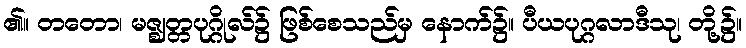
၏။ တတော၊ မဇ္ဈတ္တပုဂ္ဂိုလ်၌ ဖြစ်စေသည်မှ နောက်၌။ ပီယပုဂ္ဂလာဒီသု၊ တို့၌။